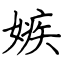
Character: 嫉